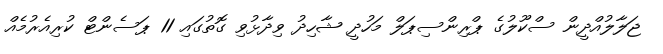
ޖަލާލުއްދީން ސްކޫލުގެ ޕްރިންސިޕަލް މަހުދީ ޝާހިދު ވިދާޅުވި ގޮތުގައި 11 ޕަސެންޓް ކުރިއެރުމެއް